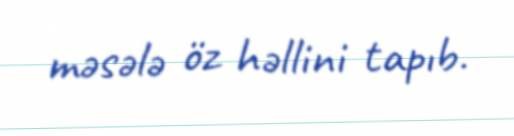
məsələ öz həllini tapıb.